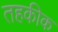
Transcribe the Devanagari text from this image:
तहकीक